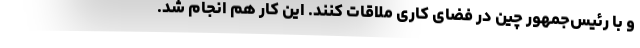
و با رئیس‌جمهور چین در فضای کاری ملاقات کنند. این کار هم انجام شد.